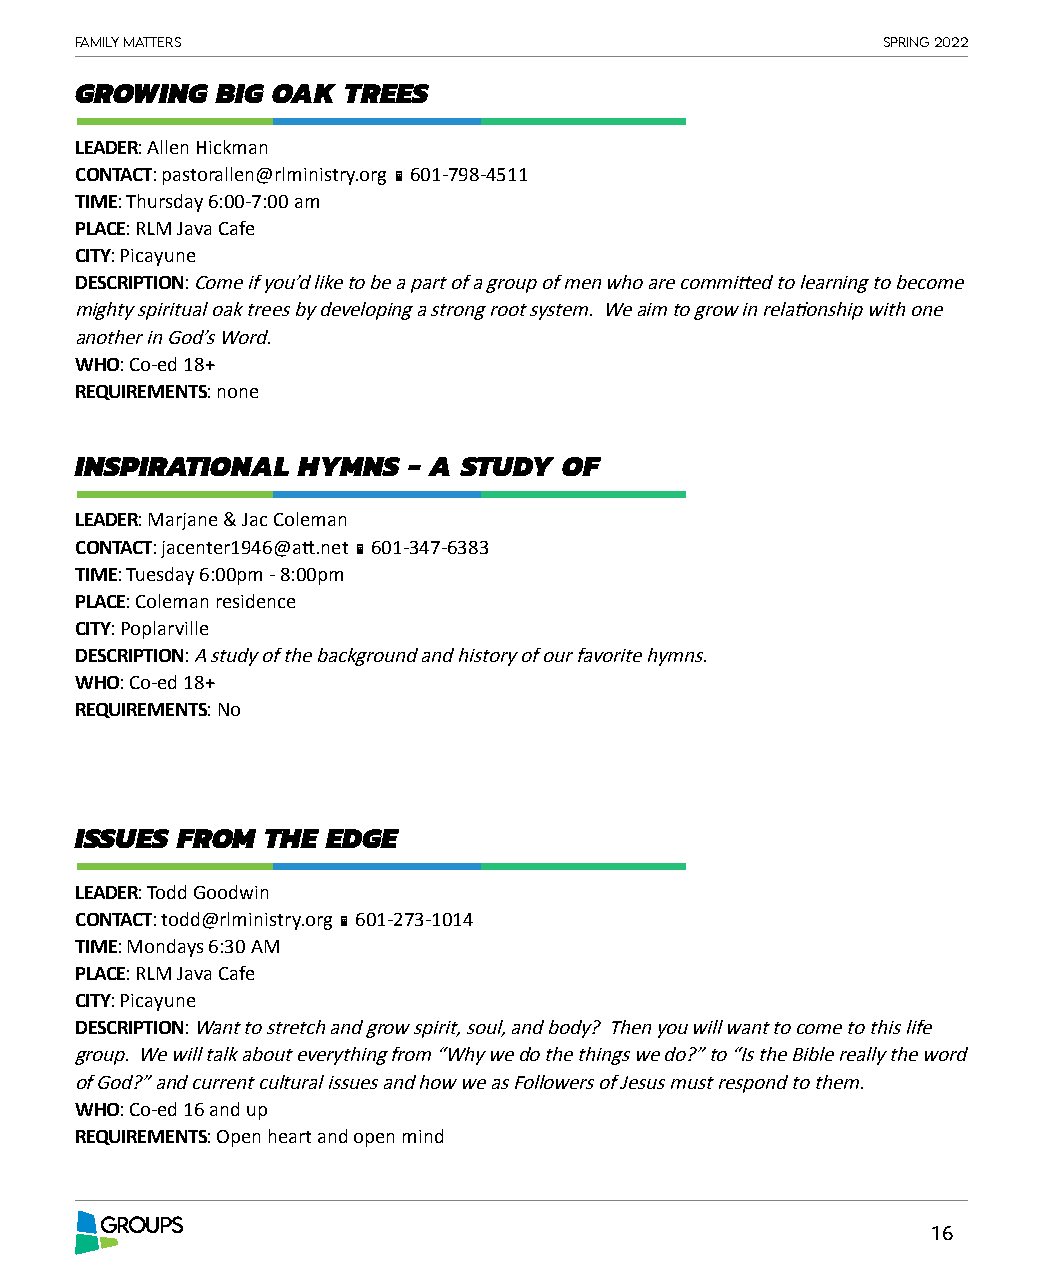
Family matters                                       spring 2022
 GROWING  BIG OAK  TREES
 LEADER: Allen Hickman
 CONTACT: pastorallen@rlministry.org  601-798-4511
 TIME: Thursday 6:00-7:00 am
 PLACE: RLM Java Cafe
 CITY: Picayune
 DESCRIPTION: Come if you’d like to be a part of a group of men who are committed to learning to become
 mighty spiritual oak trees by developing a strong root system. We aim to grow in relationship with one
 another in God’s Word.
 WHO: Co-ed 18+
 REQUIREMENTS: none
 INSPIRATIONAL  HYMNS  - A STUDY OF
 LEADER: Marjane & Jac Coleman
 CONTACT: jacenter1946@att.net  601-347-6383
 TIME: Tuesday 6:00pm - 8:00pm
 PLACE: Coleman residence
 CITY: Poplarville
 DESCRIPTION: A study of the background and history of our favorite hymns.
 WHO: Co-ed 18+
 REQUIREMENTS: No
 ISSUES FROM THE  EDGE
 LEADER: Todd Goodwin
 CONTACT: todd@rlministry.org  601-273-1014
 TIME: Mondays 6:30 AM
 PLACE: RLM Java Cafe
 CITY: Picayune
 DESCRIPTION: Want to stretch and grow spirit, soul, and body? Then you will want to come to this life
 group. We will talk about everything from “Why we do the things we do?” to “Is the Bible really the word
 of God?” and current cultural issues and how we as Followers of Jesus must respond to them.
 WHO: Co-ed 16 and up
 REQUIREMENTS: Open heart and open mind
 GROUPS
 16